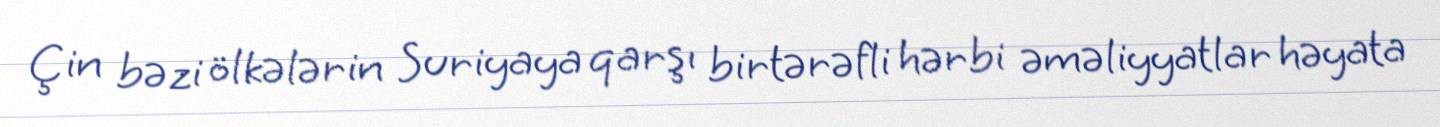
Çin bəzi ölkələrin Suriyaya qarşı birtərəfli hərbi əməliyyatlar həyata